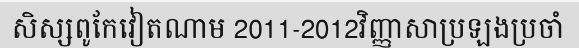
សិស្សពូកែវៀតណាម 2011-2012វិញ្ញាសាប្រឡងប្រចាំ